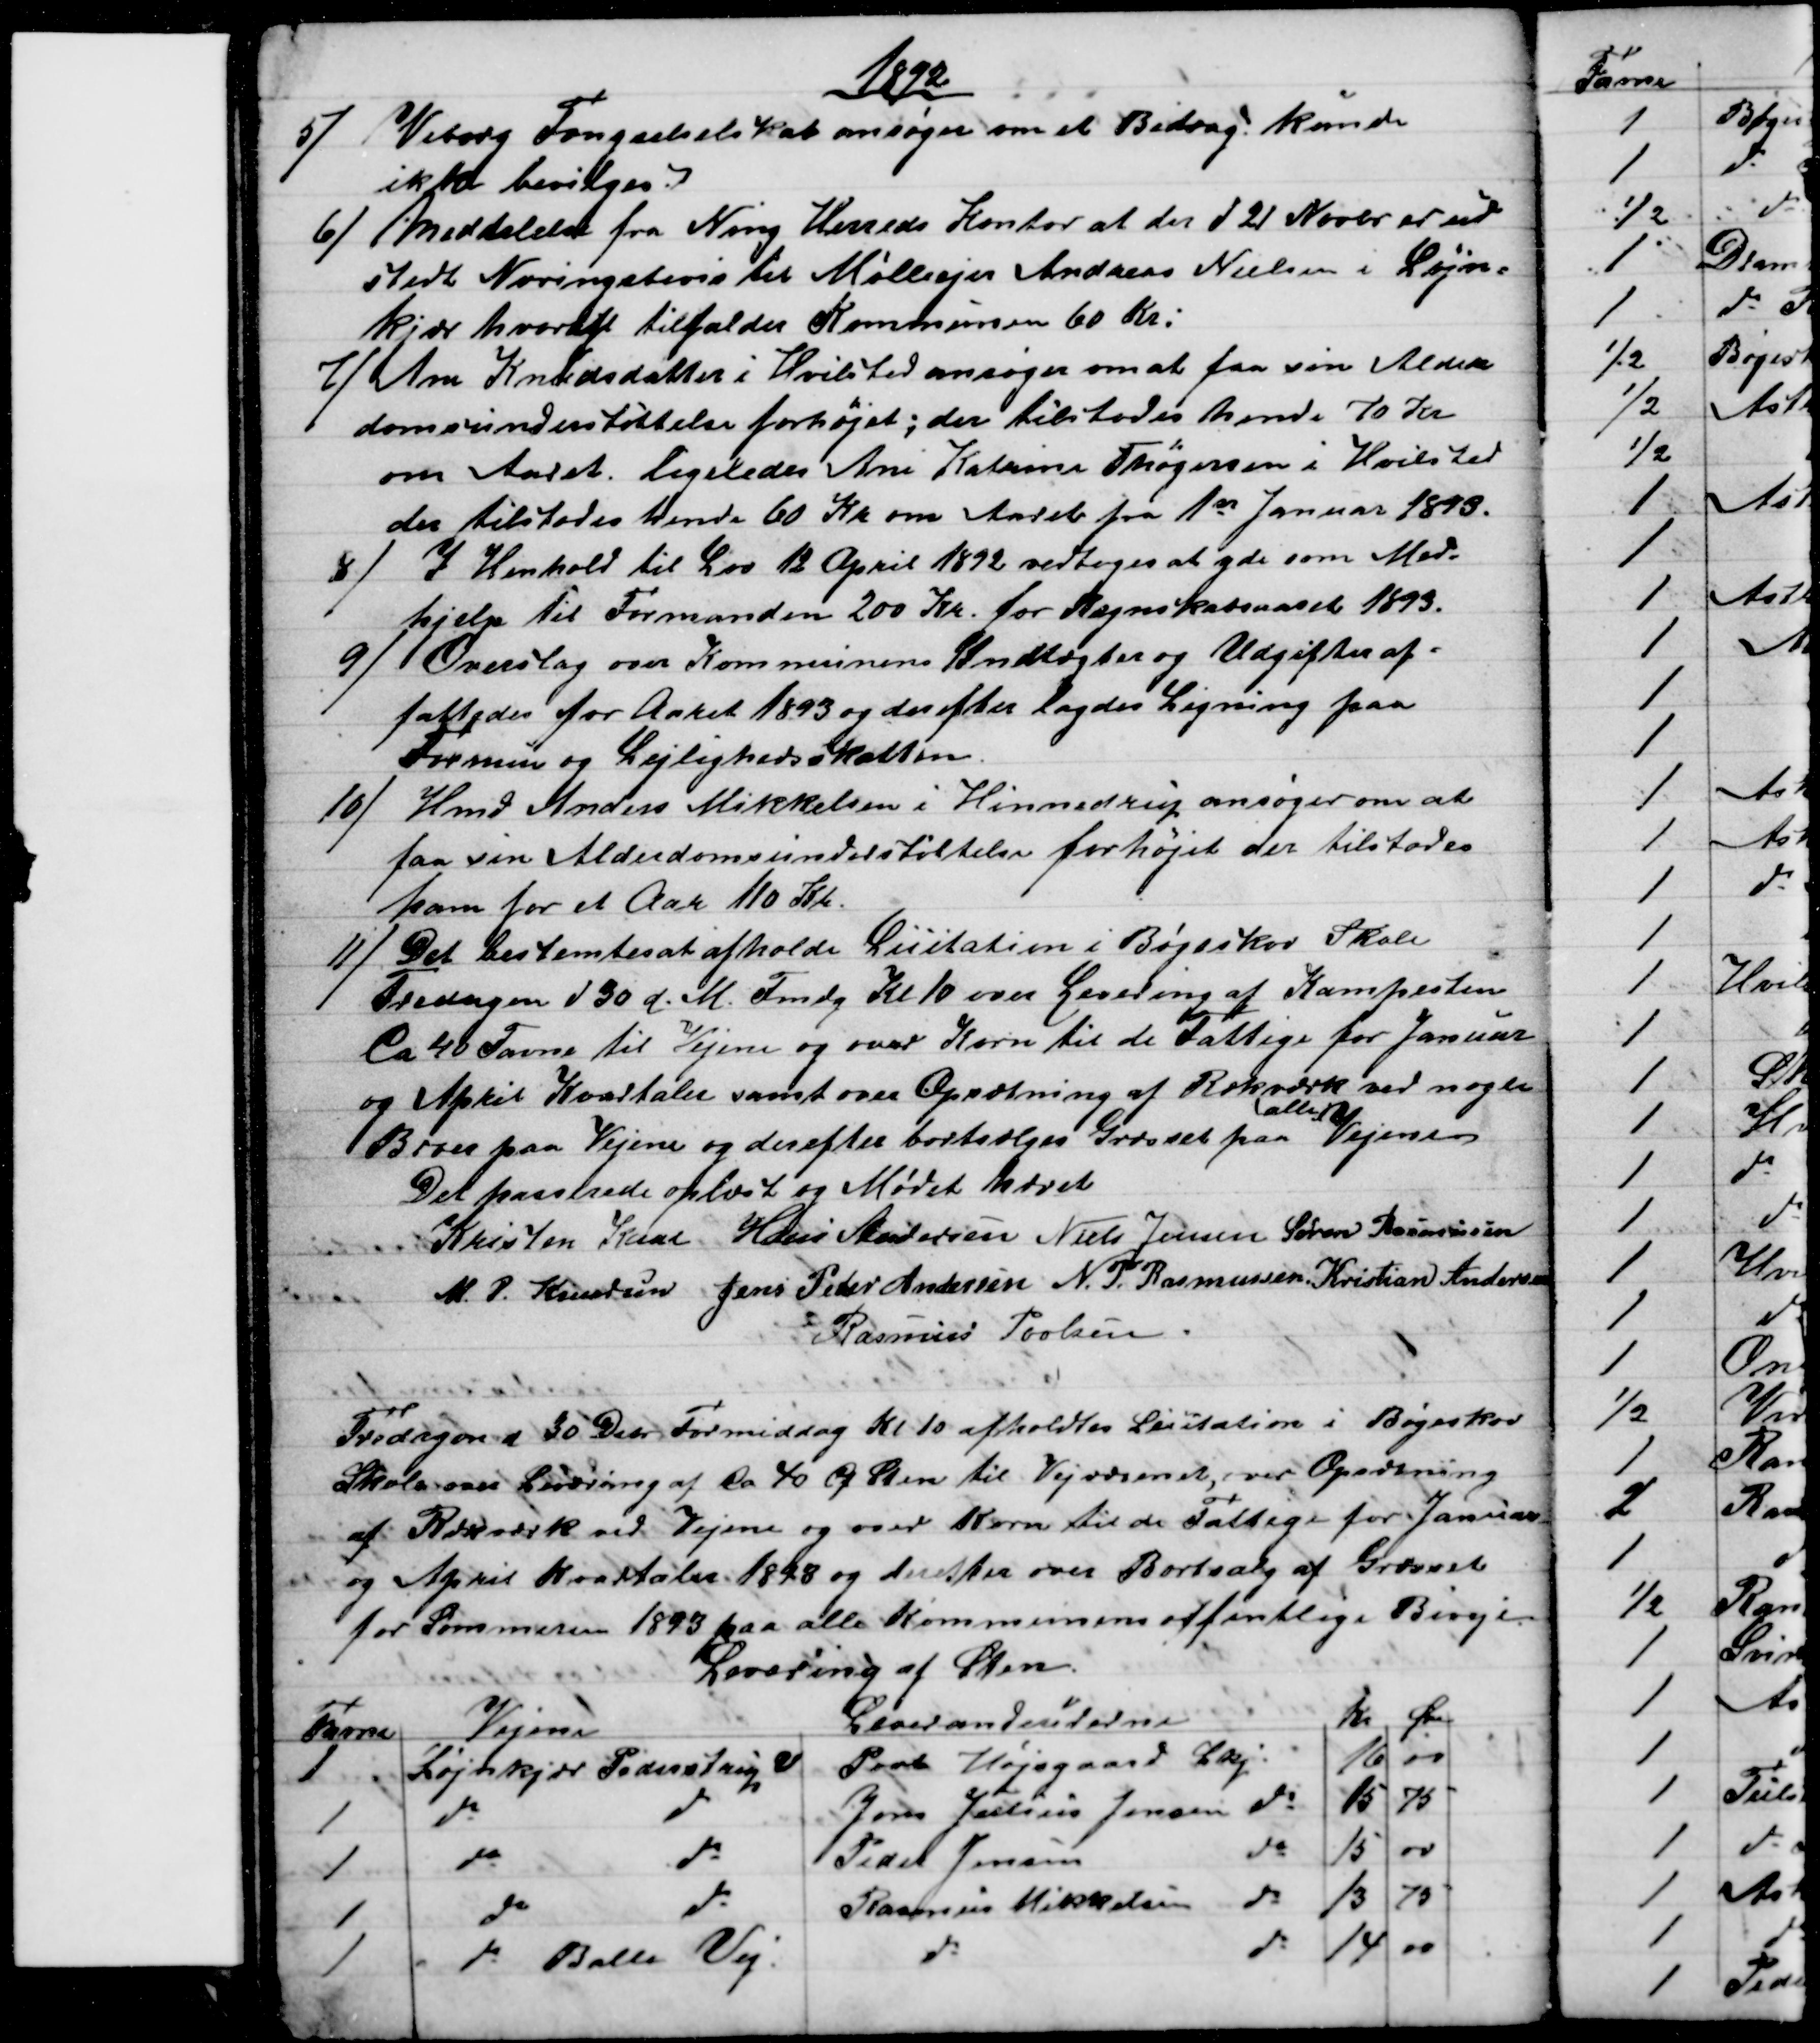
Transskription:
1892
5) Viborg Fængselselskab ansøger om et Bidrag: kunde
ikke bevilges.
6) Meddelelse fra Ning Herreds Kontor at der d 21 Novbr. er ud
stedt Næringsbevis til Mølleejer Andreas Nielsen i Løjn=
kjær hvoraf tilfalder Kommunen 60 Kr.
7) Ane Knudsdatter i Hvilsted ansøger om at faa sin Alder
domsunderstøttelse forhøjet; der tilstodes hende 70 Kr
om Aaret. ligeledes Ane Katrine Thøgersen i Hvilsted
der tilstodes hende 60 Kr om Aaret fra 1st Januar 1893.
8) I Henhold til Lov 12 April 1892 vedtoges at yde som Med-
hjelp til Formanden 200 Kr. for Regnskabsaaret 1893.
9) Overslag over Kommunens Indtægter og Udgifter af=
fattedes for Aaret 1893 og derefter lagdes Ligning paa
Formue og Lejlighedsskatten.
10) Hmd Anders Mikkelsen i Hinnedrup ansøger om at
faa sin Alderdomsunderstøttelse forhøjet der tilstodes
ham for et Aar 110 Kr.
11) Det bestemtes at afholde Licitation i Bøgeskov Skole
Fredagen d 30 d. M. Fmdg Kl 10 over Levering af Kampesten
Ca 40 Favne til Vejene og over Korn til de Fattige for Januar
og April Kvartaler samt over Opsætning af Rækværk ved nogle
Broer paa Vejene og derefter bortsælges Græsset paa 
alle
Vejene
Det passerede oplæst og Mødet hævet
Kristen Kaae Hans Andersen Niels Jensen Søren Rasmussen
M. P. Knudsen Jens Peter Andersen N. P. Rasmussen Kristian Andersen
Rasmus Povlsen
Fredagen d 30 Decbr Formiddag Kl. 10 afholdtes Licitation i Bøgeskov
Skole over Levering af ca 40 Cf Sten til Vejvæsenet, over Opsætning
af Rækværk ved Vejene og over Korn til de Fattige for Januar
og April Kvartaler 1893 og derefter over Bortsalg af Græsset
for Sommeren 1893 paa alle Kommunens offentlige Biveje.
Levering af Sten.
Favne
Vejene
Leverandeurerne
Kr Øre
1
Løjnkjær Pederstrup V
Povl Højsgaard Lkj
16
00
1
do 
do
Jens Julius Jensen do
15
75
1
do 
do
Pedel Jensen 
do
15
00
1
do
do
Rasmus Mikkelsen do
13
75
1
do Balle Vej
do
do
14
00